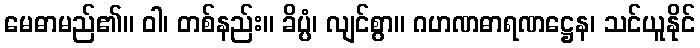
မေဓာမည်၏။ ဝါ၊ တစ်နည်း။ ခိပ္ပံ၊ လျင်စွာ။ ဂဟဏဓာရဏဋ္ဌေန၊ သင်ယူနိုင်